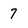
Character: 7